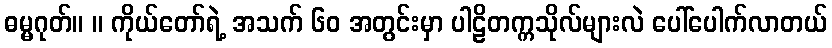
ဓမ္မဂုတ်။ ။ ကိုယ်တော်ရဲ့ အသက် ၆၀ အတွင်းမှာ ပါဠိတက္ကသိုလ်များလဲ ပေါ်ပေါက်လာတယ်